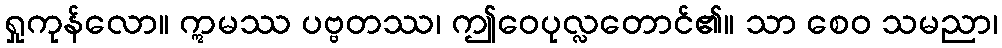
ရှုကုန်လော။ ဣမဿ ပဗ္ဗတဿ၊ ဤဝေပုလ္လတောင်၏။ သာ စေဝ သမညာ၊